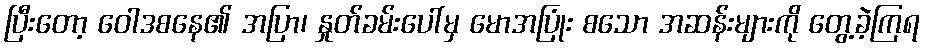
ပြီးတော့ ဝေါဒစနေ၏ အပြာ၊ နှုတ်ခမ်းပေါ်မှ မောအပြုံး စသော အဆန်းများကို တွေ့ခဲ့ကြရ